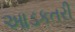
આડકતરી